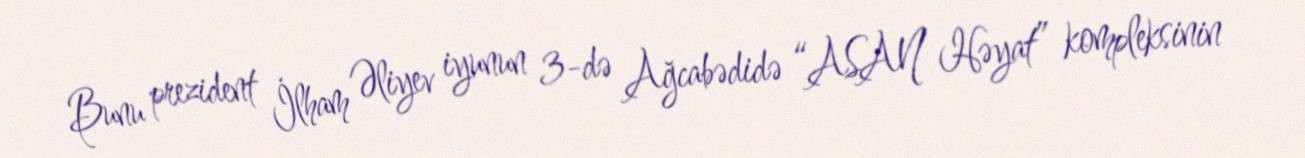
Bunu prezident İlham Əliyev iyunun 3-də Ağcabədidə “ASAN Həyat” kompleksinin